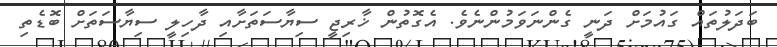
ބަދަލުތައް ގައުުމަށް ދަނީ ގެންނަވަމުންނެެވެ. އެގޮތުން ޚާރިޖީ ސިޔާސަތަށާއި ދާހިލީ ސިޔާސަތަށް ބޮޑެތި